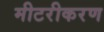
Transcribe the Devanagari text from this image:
मीटरीकरण